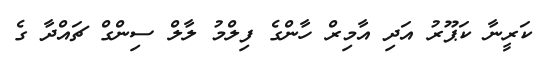
ކަރީނާ ކަޕޫރު އަދި އާމިރް ހާންގެ ފިލްމު ލާލް ސިންގް ޗައްދާ ގެ